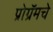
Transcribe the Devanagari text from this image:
प्रोग्रॅमचे